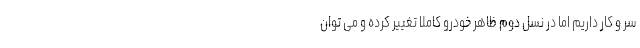
سر و کار داریم اما در نسل دوم ظاهر خودرو کاملا تغییر کرده و می توان